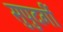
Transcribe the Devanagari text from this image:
सुपुदर्गी